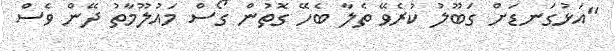
"އަޅުގަނޑަށް ގަބޫލު ކުރެވޭ ތެލާ ބެހޭ ގޮތުން ގޯސް މައުލޫމާތު ދޭން ވެސް